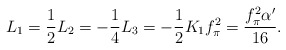
\begin{align*}L_1 = \frac12 L_2 = -\frac14 L_3 = - \frac12 K_1 f_\pi^2 = \frac{ f_\pi^2\alpha' }{16}.\end{align*}